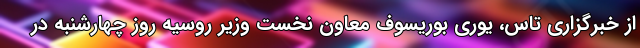
از خبرگزاری تاس، یوری بوریسوف معاون نخست وزیر روسیه روز چهارشنبه در